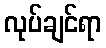
လုပ်ချင်ရာ